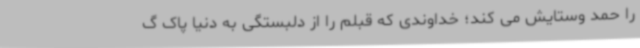
را حمد وستایش می کند؛ خداوندی که قبلم را از دلبستگی به دنیا پاک گ